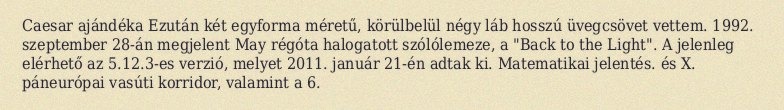
Caesar ajándéka Ezután két egyforma méretű, körülbelül négy láb hosszú üvegcsövet vettem. 1992. szeptember 28-án megjelent May régóta halogatott szólólemeze, a "Back to the Light". A jelenleg elérhető az 5.12.3-es verzió, melyet 2011. január 21-én adtak ki. Matematikai jelentés. és X. páneurópai vasúti korridor, valamint a 6.